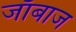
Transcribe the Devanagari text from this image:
जाँबाज